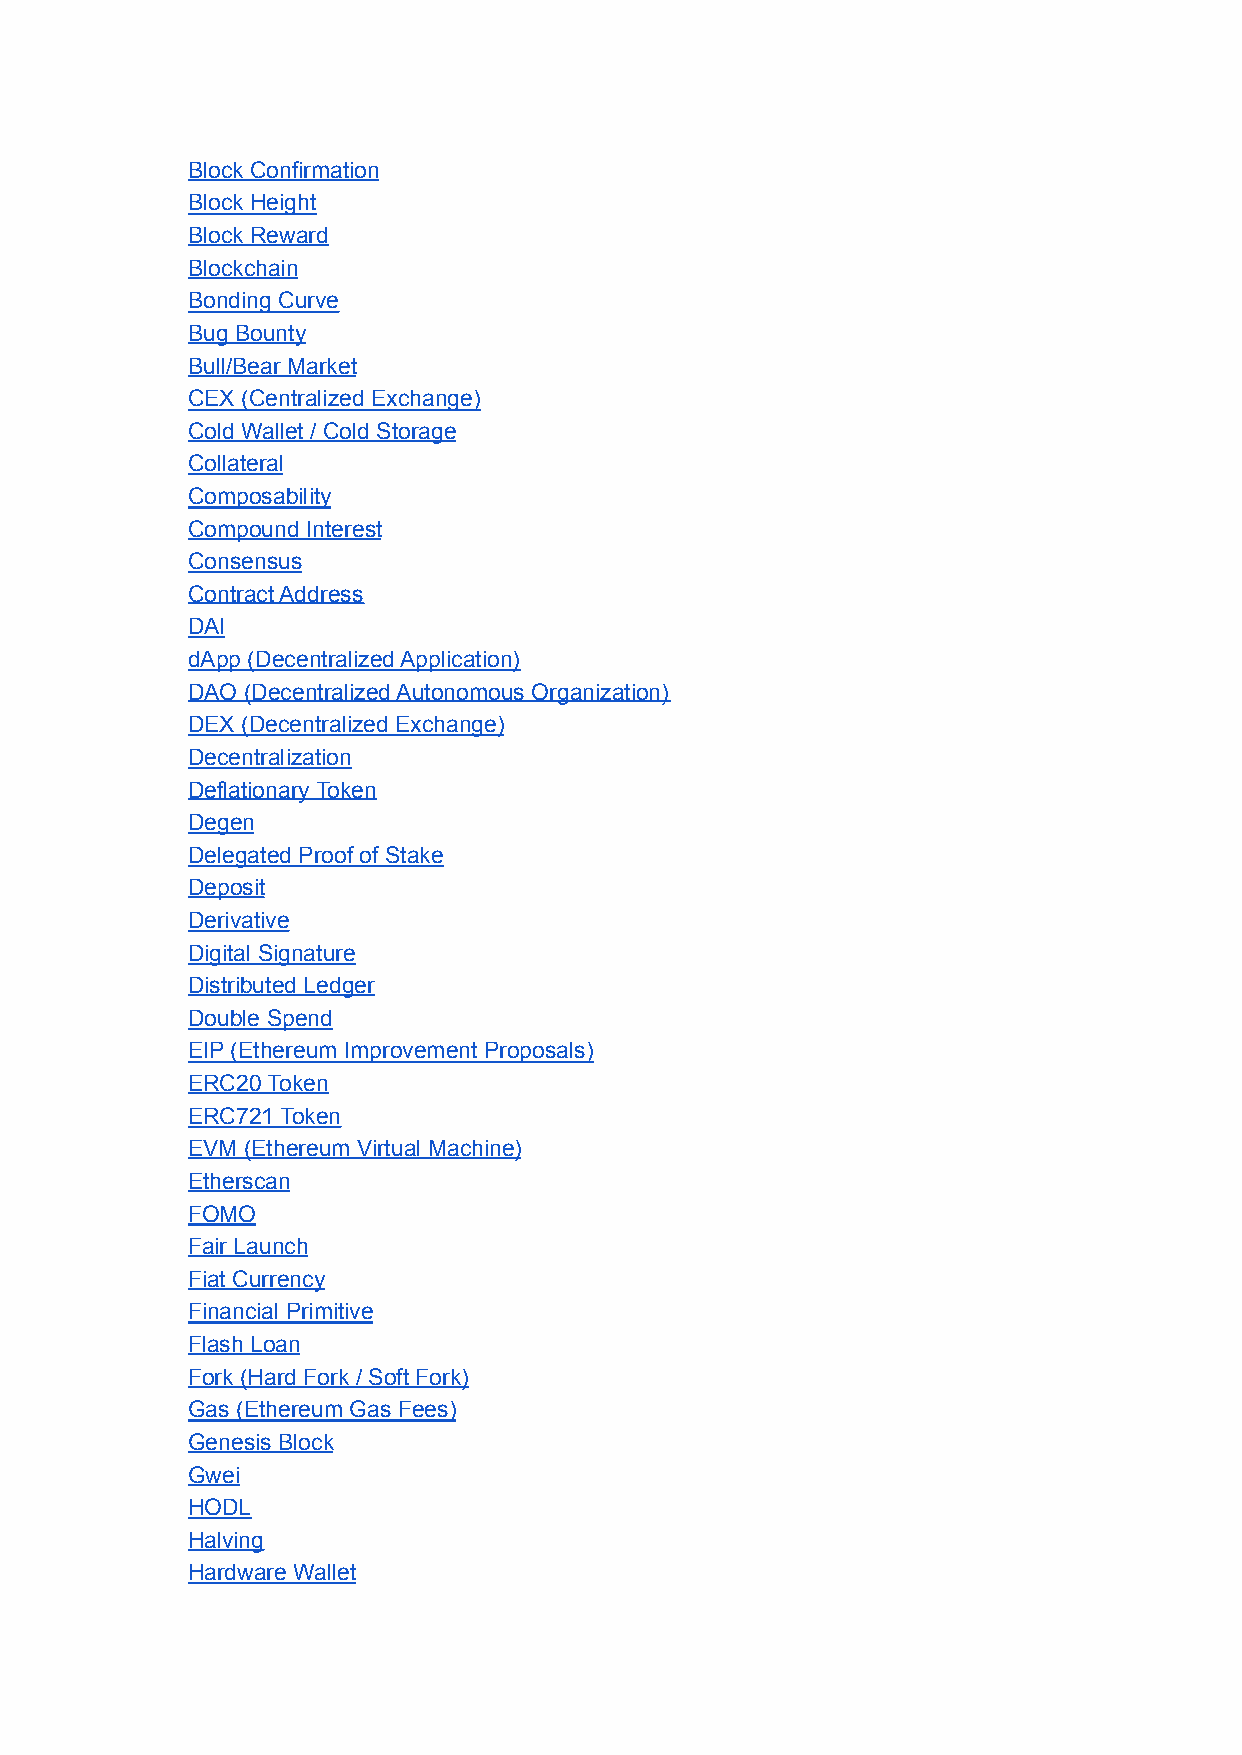
Block Confirmation
 Block Height
 Block Reward
 Blockchain
 Bonding Curve
 Bug Bounty
 Bull/Bear Market
 CEX (Centralized Exchange)
 Cold Wallet / Cold Storage
 Collateral
 Composability
 Compound Interest
 Consensus
 Contract Address
 DAI
 dApp (Decentralized Application)
 DAO (Decentralized Autonomous Organization)
 DEX (Decentralized Exchange)
 Decentralization
 Deflationary Token
 Degen
 Delegated Proof of Stake
 Deposit
 Derivative
 Digital Signature
 Distributed Ledger
 Double Spend
 EIP (Ethereum Improvement Proposals)
 ERC20 Token
 ERC721 Token
 EVM (Ethereum Virtual Machine)
 Etherscan
 FOMO
 Fair Launch
 Fiat Currency
 Financial Primitive
 Flash Loan
 Fork (Hard Fork / Soft Fork)
 Gas (Ethereum Gas Fees)
 Genesis Block
 Gwei
 HODL
 Halving
 Hardware Wallet